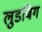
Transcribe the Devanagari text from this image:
लुडबिग